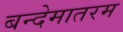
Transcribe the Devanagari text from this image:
बन्देमातरम